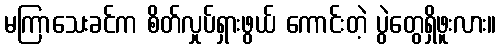
မကြာသေးခင်က စိတ်လှုပ်ရှားဖွယ် ကောင်းတဲ့ ပွဲတွေရှိဖူးလား။